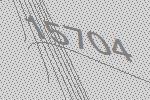
15704